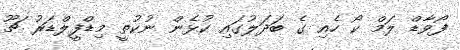
ފޯވާޑް ލަމް ކޯ ހެއި ގެ ބަދަލުގައި ކުޅެން ނުކުތީ މިޑްފީލްޑަރު ޗޫ